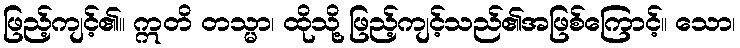
ဖြည့်ကျင့်၏။ ဣတိ တသ္မာ၊ ထိုသို့ ဖြည့်ကျင့်သည်၏အဖြစ်ကြောင့်။ သော၊